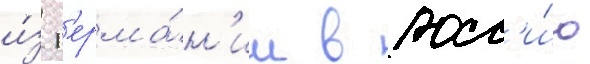
и́з г'ерма́н'ии в росс'и́ю